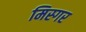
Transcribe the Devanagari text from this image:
मिस्गर